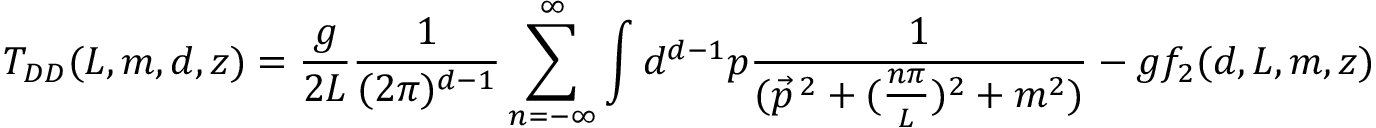
T _ { D D } ( L , m , d , z ) = \frac { g } { 2 L } \frac { 1 } { ( 2 \pi ) ^ { d - 1 } } \sum _ { n = - \infty } ^ { \infty } \int d ^ { d - 1 } p \frac { 1 } { ( \vec { p } ^ { \, 2 } + ( \frac { n \pi } { L } ) ^ { 2 } + m ^ { 2 } ) } - g f _ { 2 } ( d , L , m , z )